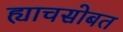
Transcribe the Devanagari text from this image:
ह्याचसोबत